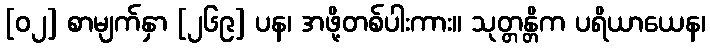
[၀၂] စာမျက်နှာ [၂၆၉] ပန၊ အဖို့တစ်ပါးကား။ သုတ္တန္တိက ပရိယာယေန၊